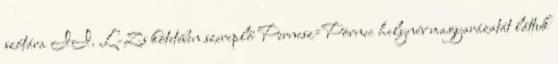
szótára II. L-Zs kötetében szereplő Pernesz=Pörnec helynév magyarázatát láttuk